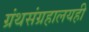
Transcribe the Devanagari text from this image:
ग्रंथसंग्रहालयही